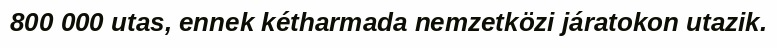
800 000 utas, ennek kétharmada nemzetközi járatokon utazik.